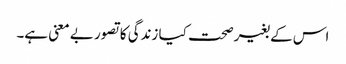
اس کے بغیرصحت کیا زندگی کا تصور بے معنی ہے۔